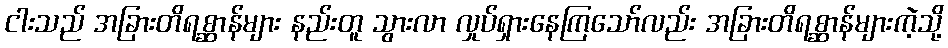
ငါးသည် အခြားတိရစ္ဆာန်များ နည်းတူ သွားလာ လှုပ်ရှားနေကြသော်လည်း အခြားတိရစ္ဆာန်များကဲ့သို့